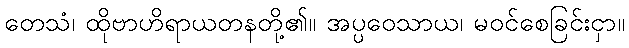
တေသံ၊ ထိုဗာဟိရာယတနတို့၏။ အပ္ပဝေသာယ၊ မဝင်စေခြင်းငှာ။